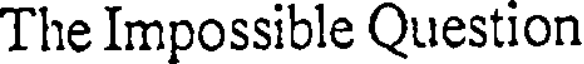
The Impossible Question